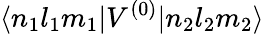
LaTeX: \langle n_{1}l_{1}m_{1}|V^{(0)}|n_{2}l_{2}m_{2}\rangle